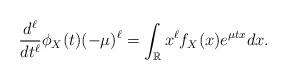
LaTeX: \begin{align*} \frac{d^\ell}{dt^\ell}\phi_X(t)(-\mu)^\ell = \int_\mathbb{R}x^\ell f_X(x)e^{\mu tx} dx.\end{align*}